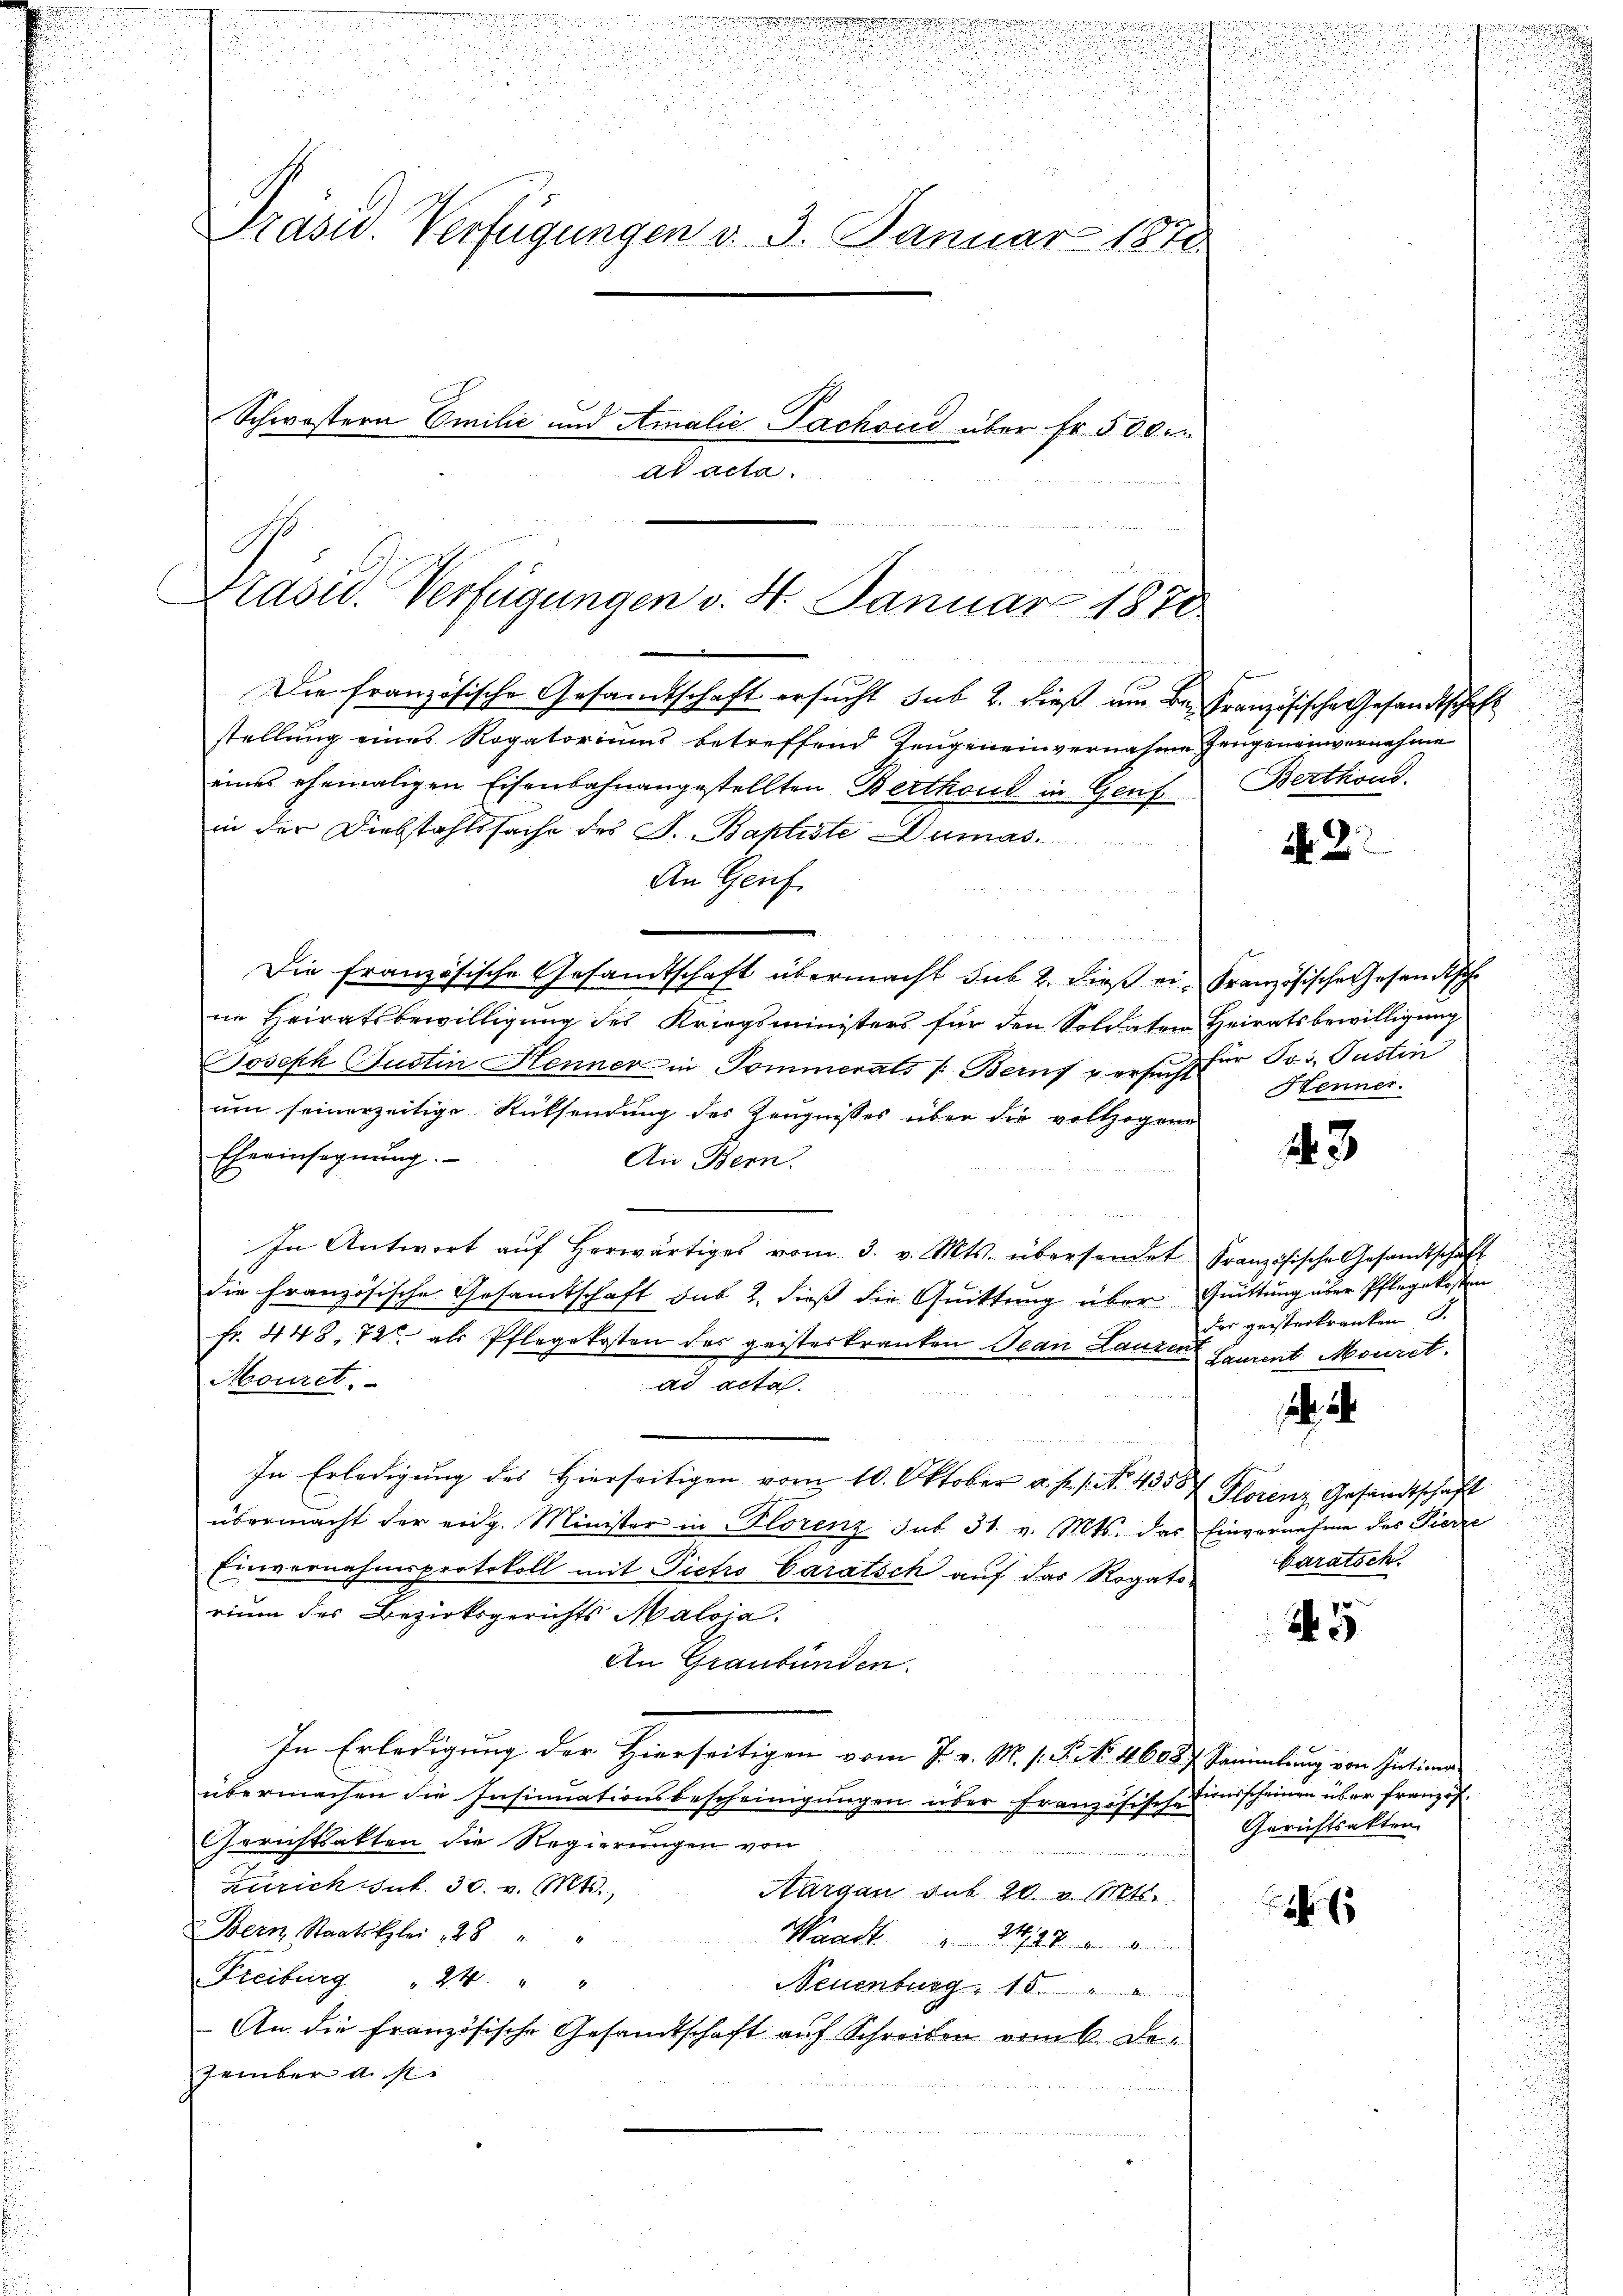
.

rnbareren!!!!!!!!!!!!!!
18

a

u
.
5
Prasw. Verfügungen d. 3. Januar 1878.
e
Schwöstern Emilić und Amalie Pachoud über Fr. 500
ad acta.

Präsid. Verfügungen v. 4. Januar 1870
e
Die französische Gesandtschaft ersucht sub 2. dieß um Befranzösische Gesandtschaft

stellung eines Rogatoriums betreffend Zeugeneinvernahme Zeugeneinvernahme
eines ehemaligen Eisenbahnangestellten Berthoud in Genf
in der Diebstahlssache des J. Baptiste Dumas.
An Genf
Die französische Gesandtschaft übermacht sub 2. dieß ei-Französische Gesandtsche
ne Heiratsbewilligung des Kriegsministers für den Soldaten Heiratsbewilligung
Joseph Justin Henner in Pommerats /: Beruf versucht für Jos. Justin
um seinerzeitige Rücksendung des Zeugnisses über die vollzogene
Eheeinsegnung.
An Bern.
In Antwort aŭf herwärtiges vom 3. v. Mts. übersendet Französische Gesandtschaft
die Französi
se Gesandtschaft das 2. dieß die Quittung über Quittung über Pflegekosten
fr. 448, 72 als Pflegekosten des geisterkranken Jean Lauren Laurent Mouret.
Mouret.
ad acta.
In Erledigung des Hierseitigen vom 10. Oktober a. f. 1. No. 4558 Florenz Gesandtschaft
übermacht der eidg. Minister in Florenz sub 31. v. Mts. das Einvernahme des Fierze
Einvernahmsprotokoll mit Pietro Caratsch auf das Rogatorium des Bezirksgerichts Maloja.
An Graubünden.
In Erledigung der Hierseitigen vom 7. v. M. s. S. Nr. 4608 f. Sammlung von Intimen
übermachen die Insinuationsbescheinigungen über französische Einsscheinen über französ.
GGerichtsakten die Regierungen von
Zürich sub 30. v. Mts.,
Aargau sub 20. v. Mts.
Bern, Staatskales 28 " "
Waadt.
Freiburg " 24. " "
Neuenburg
An die Französische Gesandtschaft auf Schreiben vom 6. Dezember a. s.

f
Berthoud.

dh. D

Henner.

23

i
der geisterkranken d.

2
baratsch.

.
.

Gerichtsakten.

u